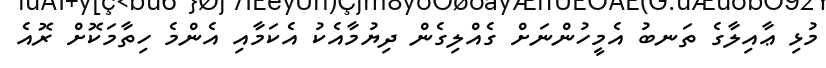
މުޅި ޢާއިލާގެ ތަނބު އެމީހުންނަށް ގެއްލިގެން ދިޔުމާއެކު އެކަމާއި އެންމެ ހިތާމަކޮށް ރޮއެ